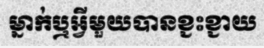
ម្នាក់ឬអ្វីមួយបានខ្ជះខ្ជាយ